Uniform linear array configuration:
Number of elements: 32
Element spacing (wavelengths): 1
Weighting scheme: blackman
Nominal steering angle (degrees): -45
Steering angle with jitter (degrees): -45.47
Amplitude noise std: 0.05
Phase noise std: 0.05

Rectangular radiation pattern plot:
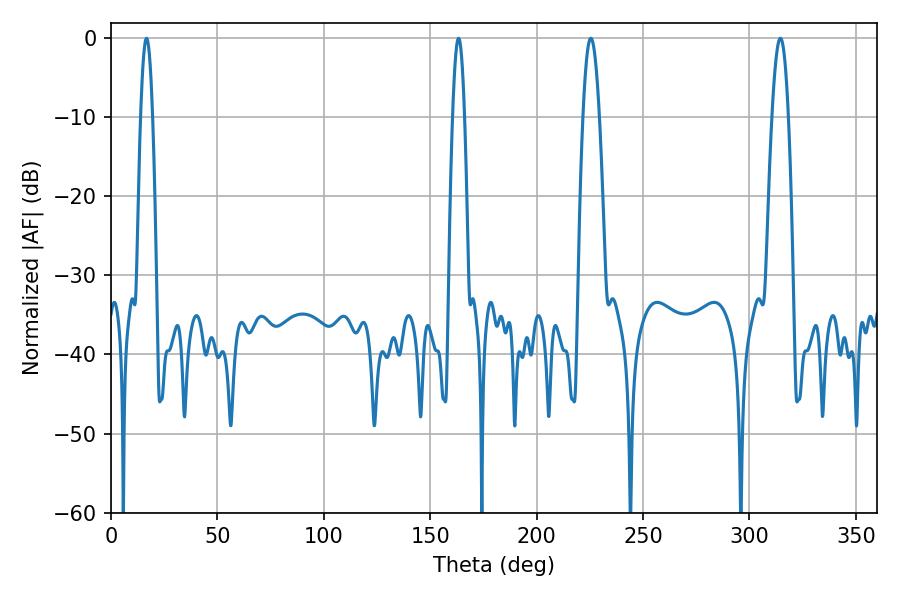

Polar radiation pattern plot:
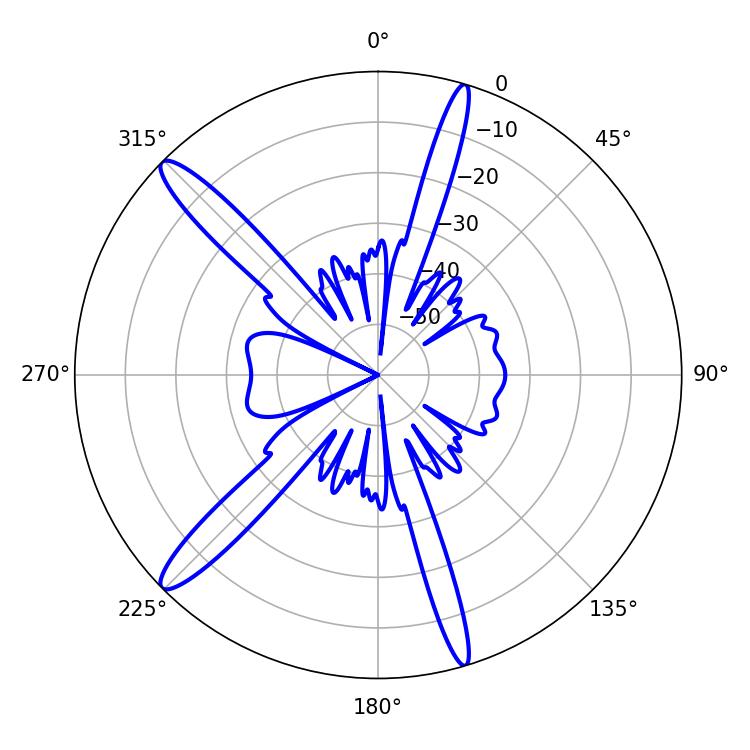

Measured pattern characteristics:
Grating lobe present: TRUE
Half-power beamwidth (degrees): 3.06
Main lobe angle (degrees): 16.74